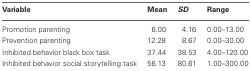
<table><thead><tr><td><b>Variable</b></td><td><b>Mean</b></td><td><b><i>SD</i></b></td><td><b>Range</b></td></tr></thead><tbody><tr><td>Promotion parenting</td><td>6.00</td><td>4.16</td><td>0.00–13.00</td></tr><tr><td>Prevention parenting</td><td>12.28</td><td>8.67</td><td>0.00–30.00</td></tr><tr><td>Inhibited behavior black box task</td><td>37.44</td><td>38.53</td><td>4.00–120.00</td></tr><tr><td>Inhibited behavior social storytelling task</td><td>56.13</td><td>80.61</td><td>1.00–300.00</td></tr></tbody></table>